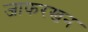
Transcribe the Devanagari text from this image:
जाफरखन